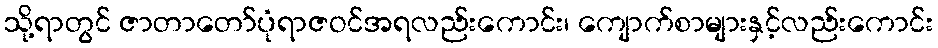
သို့ရာတွင် ဇာတာတော်ပုံရာဇဝင်အရလည်းကောင်း၊ ကျောက်စာများနှင့်လည်းကောင်း